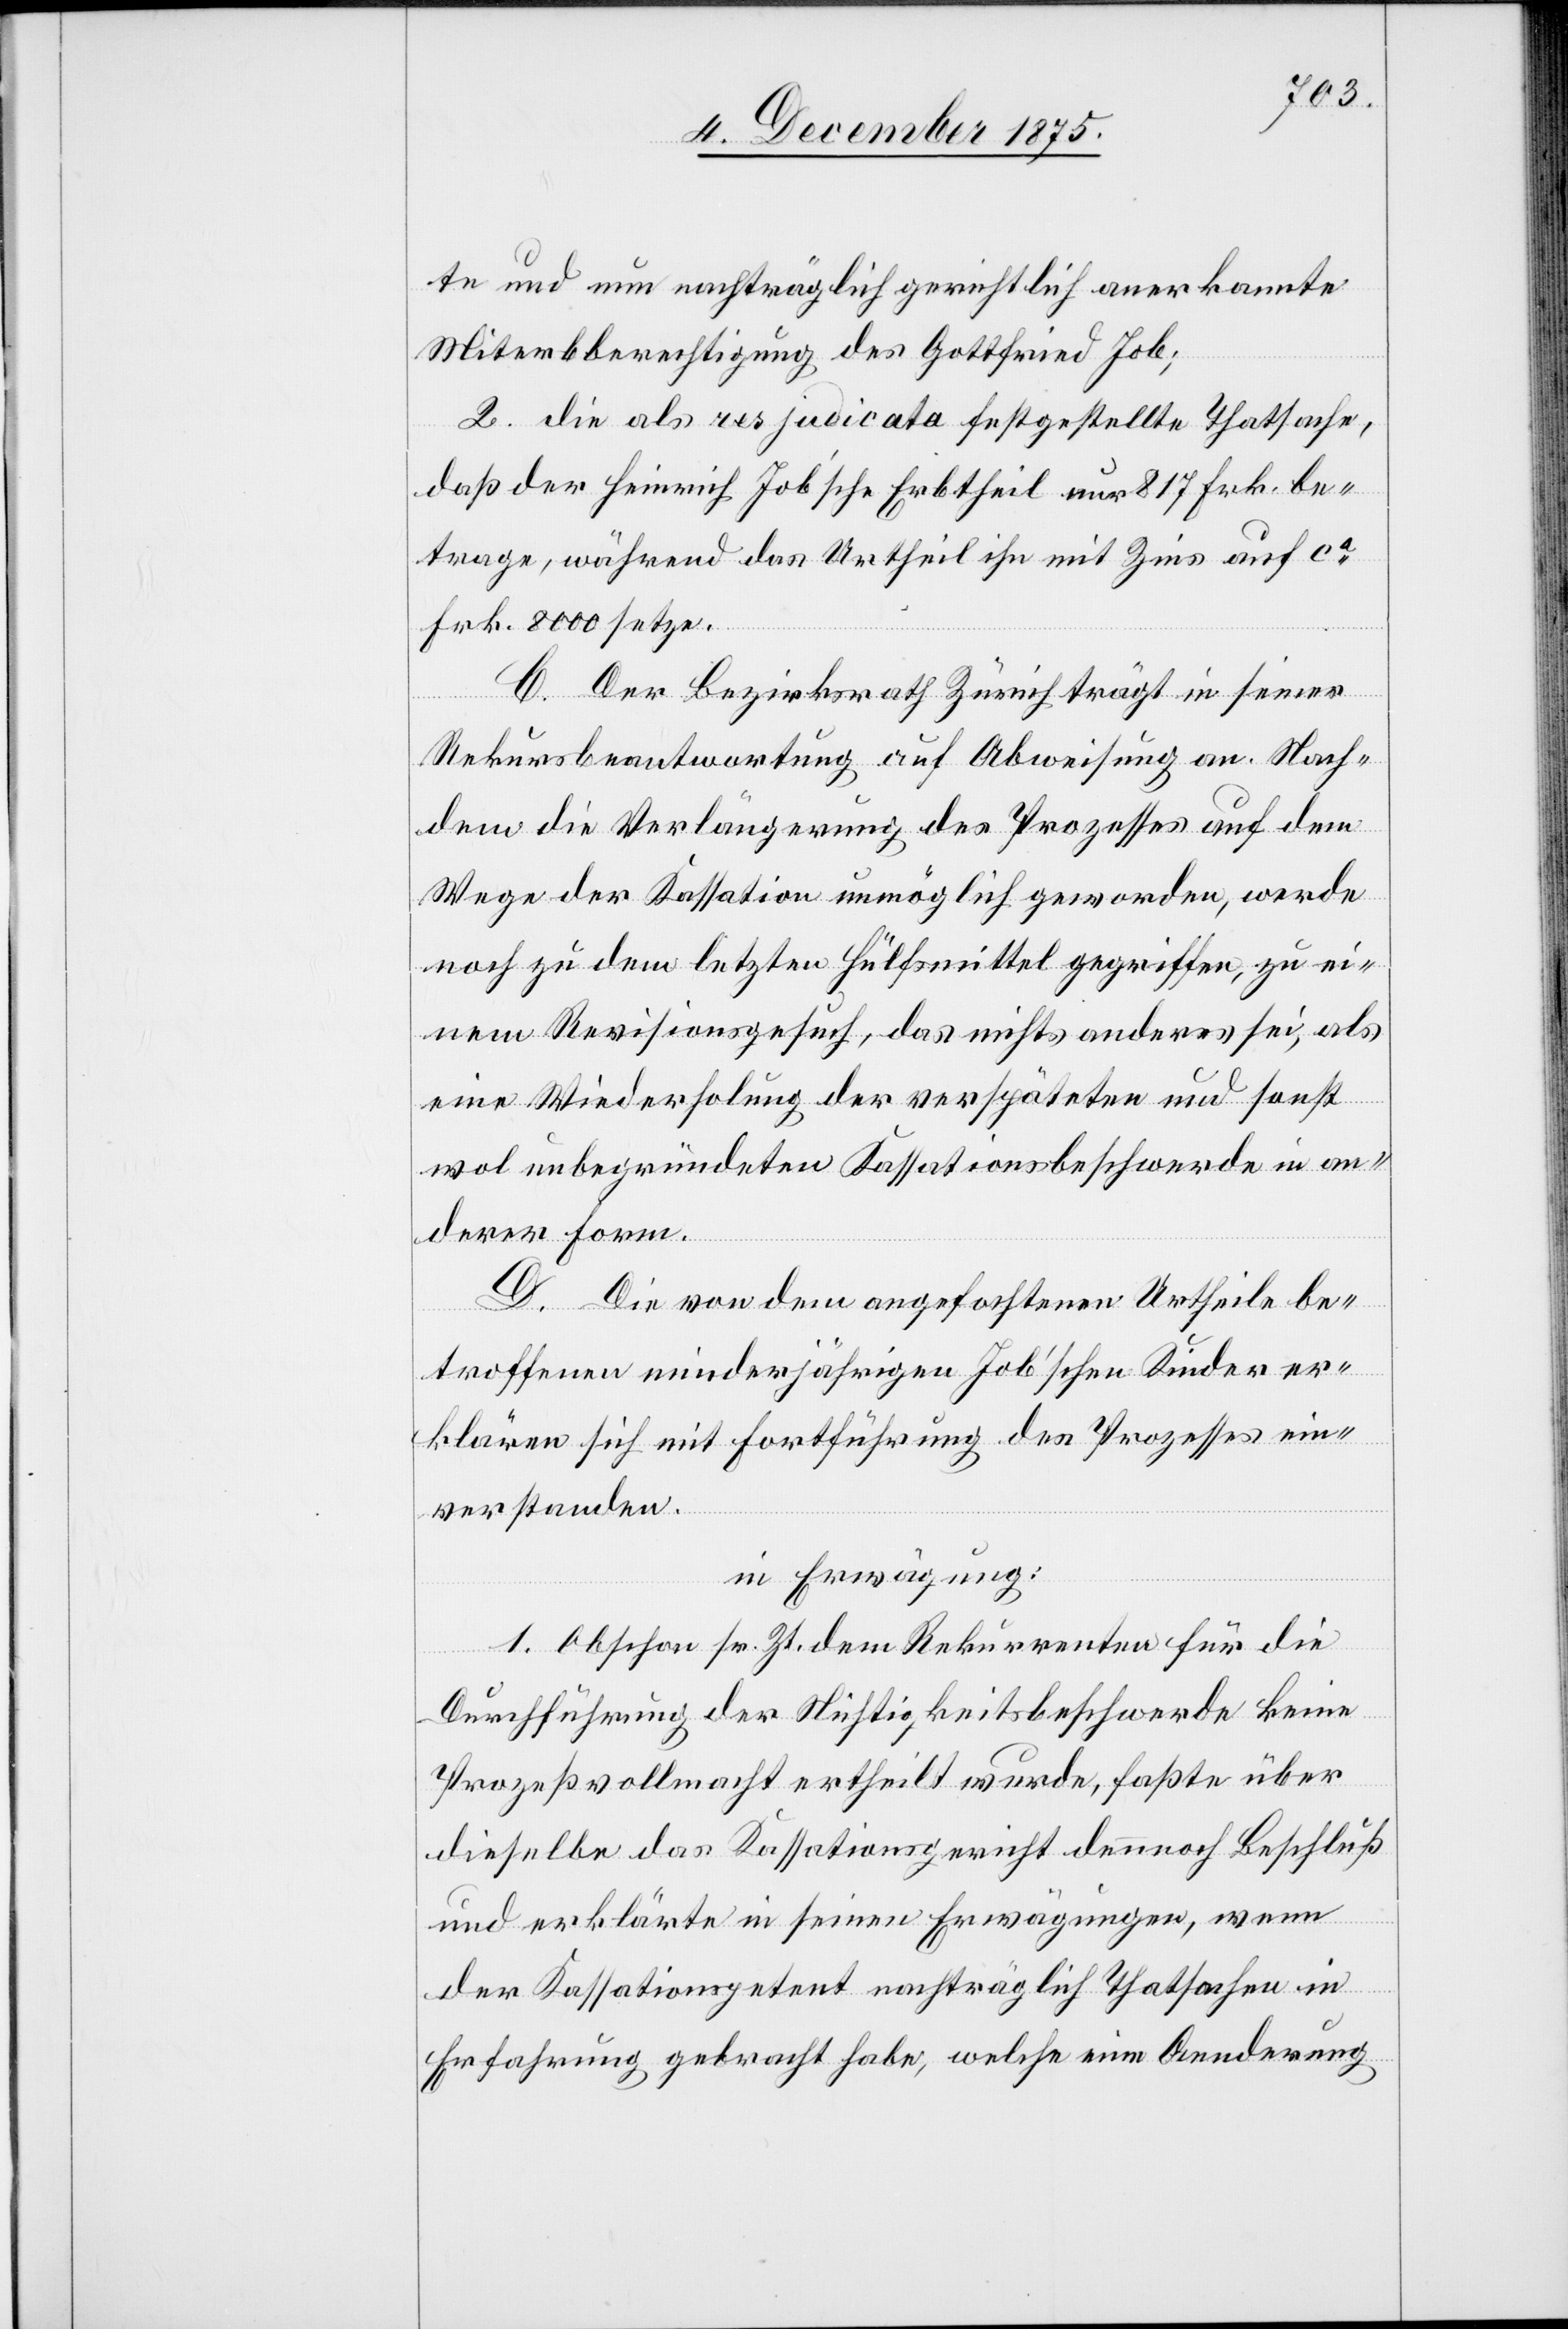
Miterbberechtigung des Gottfried Job;
2. die als res judicata festgestellte Thatsache,
daß der Heinrich Job’sche Erbtheil nur 817 Frk. be¬
trage, während das Urtheil ihn mit Zins auf ca
Frk. 8000 setze.
C. Der Bezirksrath Zürich trägt in seiner
Rekursbeantwortung auf Abweisung an. Nach¬
dem die Verlängerung des Prozesses auf dem
Wege der Kassation unmöglich geworden, werde
noch zu dem letzten Hülfsmittel gegriffen, zu ei¬
nem Revisionsgesuch, das nichts anderes sei, als
eine Wiederholung der verspäteten und sonst
wol unbegründeten Kassationsbeschwerde in an¬
derer Form.
rkannte
D. Die von dem angefochtenen Urtheile be¬
troffenen minderjährigen Job’schen Kinder er¬
klären sich mit Fortführung des Prozesses ein¬
verstanden.
in Erwägung:
1. Obschon sr. Zt. dem Rekurrenten für die
Durchführung der Nichtigkeitsbeschwerde keine
Prozeßvollmacht ertheilt wurde, faßte über
dieselbe das Kassationsgericht dennoch Beschluß
und erklärte in seinen Erwägungen, wenn
der Kassationspetent nachträglich Thatsachen in
Erfahrung gebracht habe, welche eine Aenderung

nun

ane¬